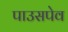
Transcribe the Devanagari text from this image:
पाउसपेव